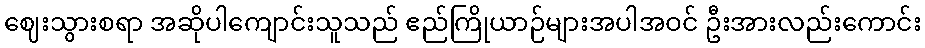
ဈေးသွားစရာ အဆိုပါကျောင်းသူသည် ဧည်ကြိုယာဉ်များအပါအဝင် ဦးအားလည်းကောင်း